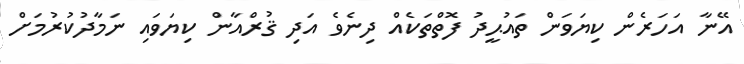
އޭނާ އަހަރެން ކިޔަވަން ތައުޙީދު ފޮތްތަކެއް ދިނެވެ އަދި ޤުރްއާން ކިޔަވައި ނަމާދުކުރުމަށް